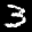
Label: 3